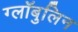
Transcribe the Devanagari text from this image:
ग्लॉबुलिन